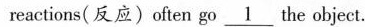
reactions(反应)often go \underline{1} the object.